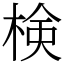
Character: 検